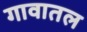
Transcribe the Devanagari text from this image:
गावातल